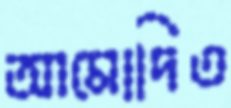
আমোদিত